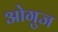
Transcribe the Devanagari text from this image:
ओगुज